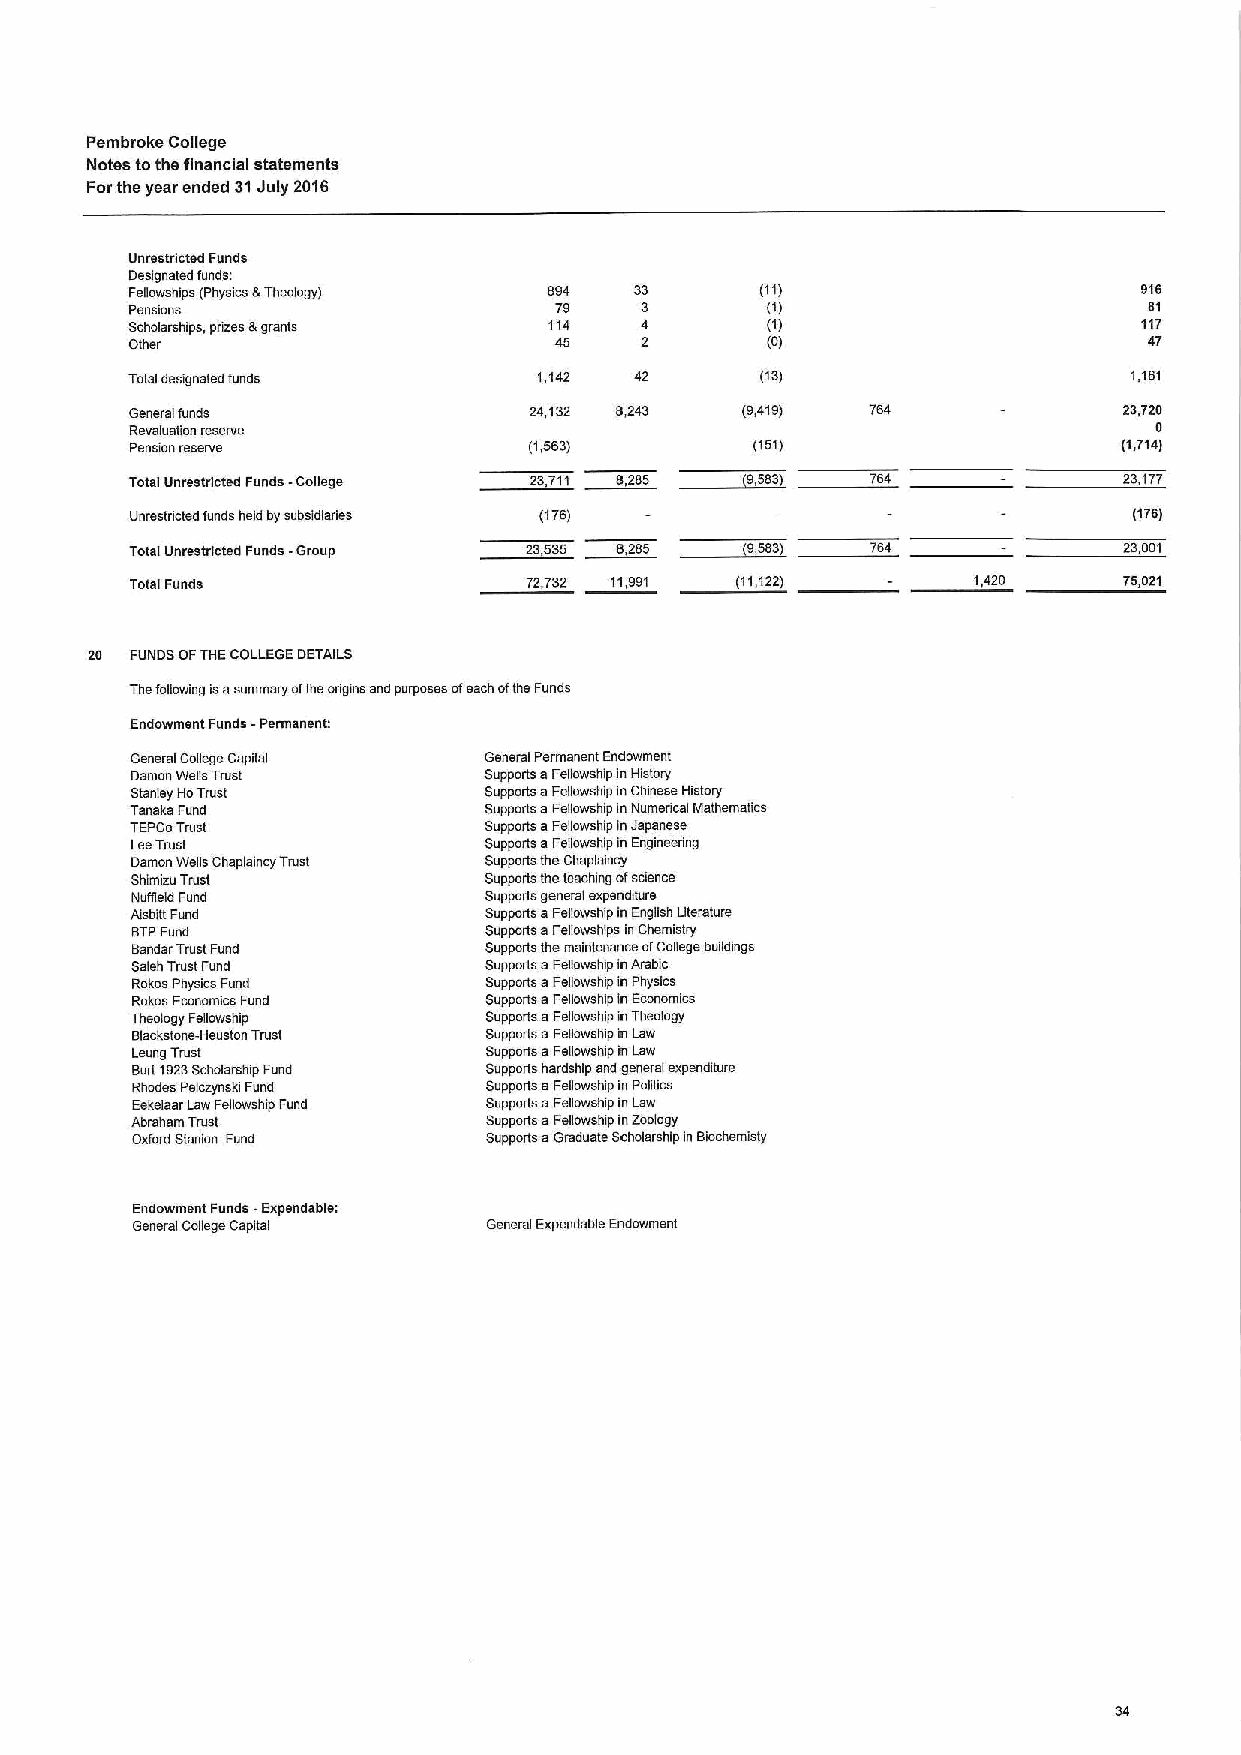
Pembroke College
 Notes tothe financial statements
 Forthe year ended 31July 2016
 Unrestricted Funds
 Designated funds:
 Fellowships (Physics &Theology) 994 33   (11)                      916
 Pensions                    79   3        (I)                      61
 Scholarships, prizes &grants 114 4        (I)                      117
 Other                       45   2        (0)                      47
 Total designated funds      1,142 42      (13)                     1,161
 General funds             24,132 6,243  (9,419)  764             23,720
 Revaluation reserve                                                0
 Pension reserve           (1,563)        (151)                   (1,714)
 Total Unrestricted Funds -College 23,711         764             23,177
 Unrestncted funds held bysubsidiaries (176)                       (176)
 Total Unrestricted Funds -Group 23,535           764             23,001
 Total Funds               72,732 11,991 (11,122)       1,420     75,021
 20 FUNDS OFTHECOLLEGE DETAILS
 Thefogowing isasummary ofthe ongins and purposes ofeach ofthe Funds
 Endowment Funds -Permanent:
 General Cogege Capital General Permanent Endowment
 Damon Wells Trust      Supports aFellowship inHistory
 Stanley HoTrust        Supports aFellowship inChinese History
 ianaka Fund            Supports aFellowship inNumerical Mathematics
 TEPCoTrust             Supports aFellowship inJapanese
 LeeTrust               Supports 6Fegowship in Engineenng
 Damon Wells Chaplairicy Trust Supportsth eChaplaincy
 Shimizu Trust          Supportsth eteaching ofscience
 Nuaeld Fund            Supports general expenditure
 Aisbitt Fund           Supports aFellowship in English Literature
 BTPFund                Supports aFerowships inChemistry
 Bander Trust Fund      Supports themaintenance ofCollege buildings
 Saleh Trust Fund       Supports aFellowship inArabic
 Rokos Physics Fund     Supports aFellowship in Physics
 Rokos Economics Fund   Supports aFellowship in Economics
 Theology Fegowship     Supports aFellowship inTheology
 Blackstone-Heuston Trust Supports aFellowship in Law
 Leung Trust            Supports aFellowship in Law
 Burt 1923Scholarship Fund Supports hardship and general expenditure
 Rhodes PelczynskiFund  Supports aFellowship in Politics
 Eekelaartaw Fegovmhip Fund Supports aFellowship in Law
 Abraham Trust          Supports aFellowship inZoology
 Oxford Sianion Fund    Supports aGraduate Scholarship in Biochemisty
 Endowment Funds -Expendable:
 General Colege Capital General Expendable Endowment
 34